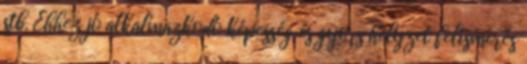
stb. Ehhez jó alkalmazkodó képesség és gyors helyzet felismerés